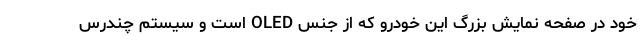
خود در صفحه نمایش بزرگ این خودرو که از جنس OLED است و سیستم چندرس